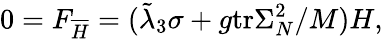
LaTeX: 0=F_{\overline{{{H}}}}=(\tilde{\lambda}_{3}\sigma+g\mathrm{tr}\Sigma_{N}^{2}/M)H,